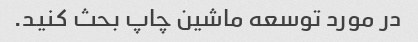
در مورد توسعه ماشین چاپ بحث کنید.